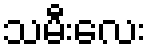
သမီးလေး